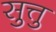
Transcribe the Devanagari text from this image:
सुत्तु